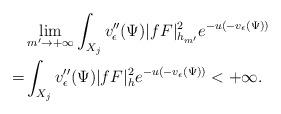
LaTeX: \begin{align*}&\lim_{m'\to+\infty}\int_{X_j}v''_{\epsilon}(\Psi)|fF|^2_{h_{m'}} e^{-u(-v_{\epsilon}(\Psi))}\\=&\int_{X_j}v''_{\epsilon}(\Psi)|fF|^2_h e^{-u(-v_{\epsilon}(\Psi))}<+\infty.\end{align*}